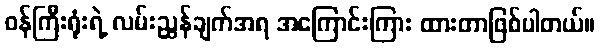
ဝန်ကြီးရုံးရဲ့ လမ်းညွှန်ချက်အရ အကြောင်းကြား ထားတာဖြစ်ပါတယ်။